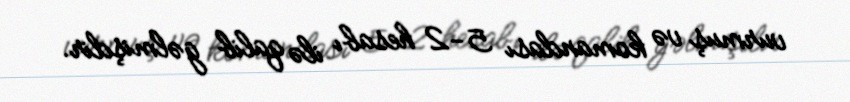
vurmuş və komandası 5-2 hesabı ilə qalib gəlmişdir.